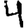
Digit: 4